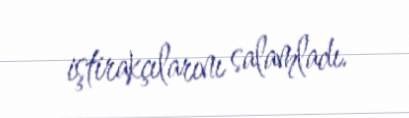
iştirakçılarını salamladı.